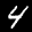
Label: 4